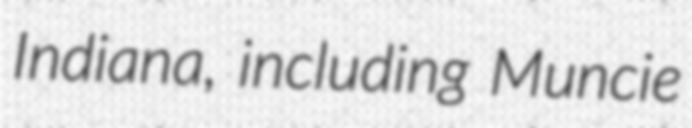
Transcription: Indiana, including Muncie